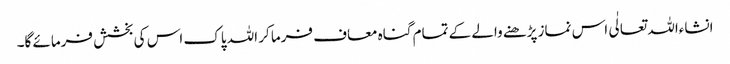
انشاءاللہ تعالٰی اس نماز پڑھنے والے کے تمام گناہ معاف فرما کر اللہ پاک اس کی بخشش فرمائے گا۔